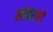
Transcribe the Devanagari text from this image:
खोबरागडे